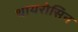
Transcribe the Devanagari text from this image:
थायरोसिन